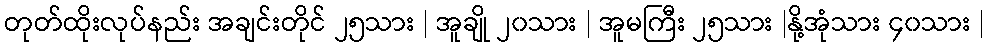
တုတ်ထိုးလုပ်နည်း အချင်းတိုင် ၂၅သား | အူချို ၂၀သား | အူမကြီး ၂၅သား |နို့အုံသား ၄၀သား |